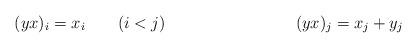
LaTeX: \begin{align*}(yx)_i=x_i\qquad(i<j)\qquad\qquad\qquad\qquad(yx)_j=x_j+y_j\end{align*}